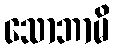
သောဘာမိ